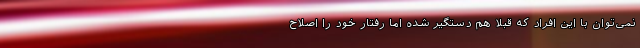
نمی‌توان با این افراد که قبلا هم دستگیر شده اما رفتار خود را اصلاح